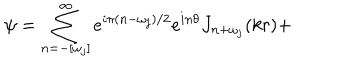
\psi = \sum _ { n = - [ \omega _ { j } ] } ^ { \infty } e ^ { i \pi ( n - \omega _ { j } ) / 2 } e ^ { i n \theta } J _ { n + \omega _ { j } } ( k r ) +